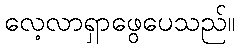
လေ့လာရှာဖွေပေသည်။